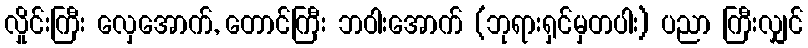
လှိုင်းကြီး လှေအောက်, တောင်ကြီး ဘဝါးအောက် (ဘုရားရှင်မှတပါး) ပညာ ကြီးလျှင်